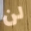
لن